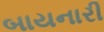
બાયનારી